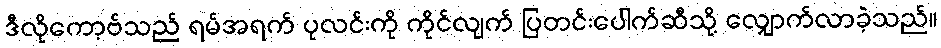
ဒီလိုကော့ဗ်သည် ရမ်အရက် ပုလင်းကို ကိုင်လျက် ပြတင်းပေါက်ဆီသို့ လျှောက်လာခဲ့သည်။